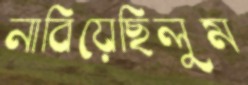
নাবিয়েছিলুম